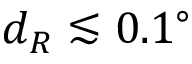
d _ { R } \lesssim 0 . 1 ^ { \circ }